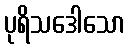
ပုရိသဒေါသော